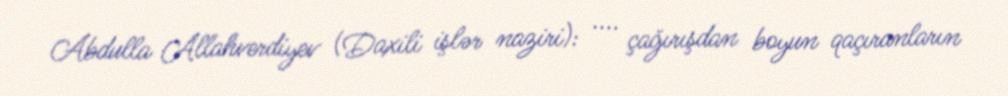
Abdulla Allahverdiyev (Daxili işlər naziri): .... çağırışdan boyun qaçıranların